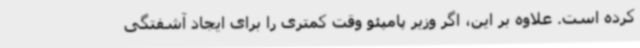
کرده است. علاوه بر این، اگر وزیر پامپئو وقت کمتری را برای ایجاد آشفتگی